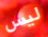
ليس